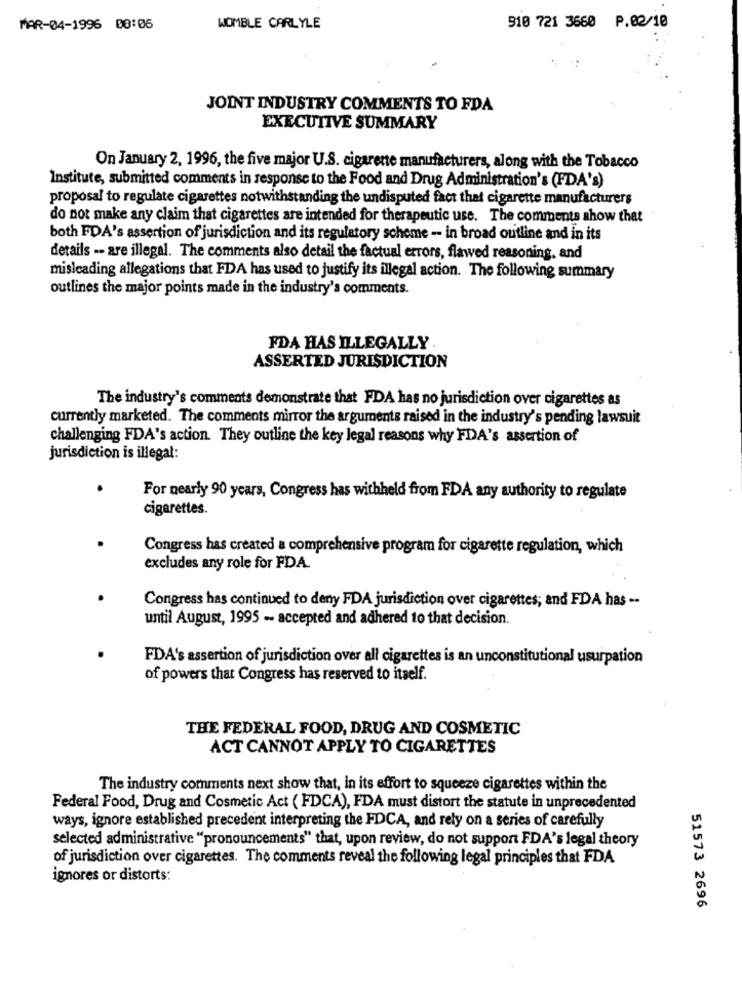
MAR-04-1996 08:06
WOMBLE CARLYLE
910 721 3660 P.02/10
JOINT INDUSTRY COMMENTS TO FDA
EXECUTIVE SUMMARY
On January 2, 1996, the five major U.S. cigarette manufacturers, along with the Tobacco
Institute, submitted comments in response to the Food and Drug Administration's (FDA's)
proposal to regulate cigarettes notwithstanding the undisputed fact that cigarette manufacturers
do not make any claim that cigarettes are intended for therapeutic use. The comments show that
both FDA's assertion of jurisdiction and its regulatory scheme -- in broad outline and in its
details -- are illegal. The comments also detail the factual errors, flawed reasoning, and
misleading allegations that FDA has used to justify its illegal action. The following summary
outlines the major points made in the industry's comments.
FDA HAS ILLEGALLY
ASSERTED JURISDICTION
The industry's comments demonstrate that FDA has no jurisdiction over cigarettes as
currently marketed. The comments mirror the arguments raised in the industry's pending lawsuit
challenging FDA's action. They outline the key legal reasons why FDA's assertion of
jurisdiction is illegal:
For nearly 90 years, Congress has withheld from FDA any authority to regulate
cigarettes.
Congress has created a comprehensive program for cigarette regulation, which
excludes any role for FDA.
Congress has continued to deny FDA jurisdiction over cigarettes; and FDA has --
until August, 1995 -- accepted and adhered to that decision.
FDA's assertion of jurisdiction over all cigarettes is an unconstitutional usurpation
of powers that Congress has reserved to itself.
THE FEDERAL FOOD, DRUG AND COSMETIC
ACT CANNOT APPLY TO CIGARETTES
The industry comments next show that, in its effort to squeeze cigarettes within the
Federal Food, Drug and Cosmetic Act ( FDCA), FDA must distort the statute in unprecedented
ways, ignore established precedent interpreting the FDCA, and rely on a series of carefully
selected administrative "pronouncements" that, upon review, do not support FDA's legal theory
of jurisdiction over cigarettes. The comments reveal the following legal principles that FDA
ignores or distorts:
51573 2696